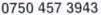
0750 457 3943